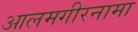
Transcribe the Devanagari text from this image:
आलमगीरनामा